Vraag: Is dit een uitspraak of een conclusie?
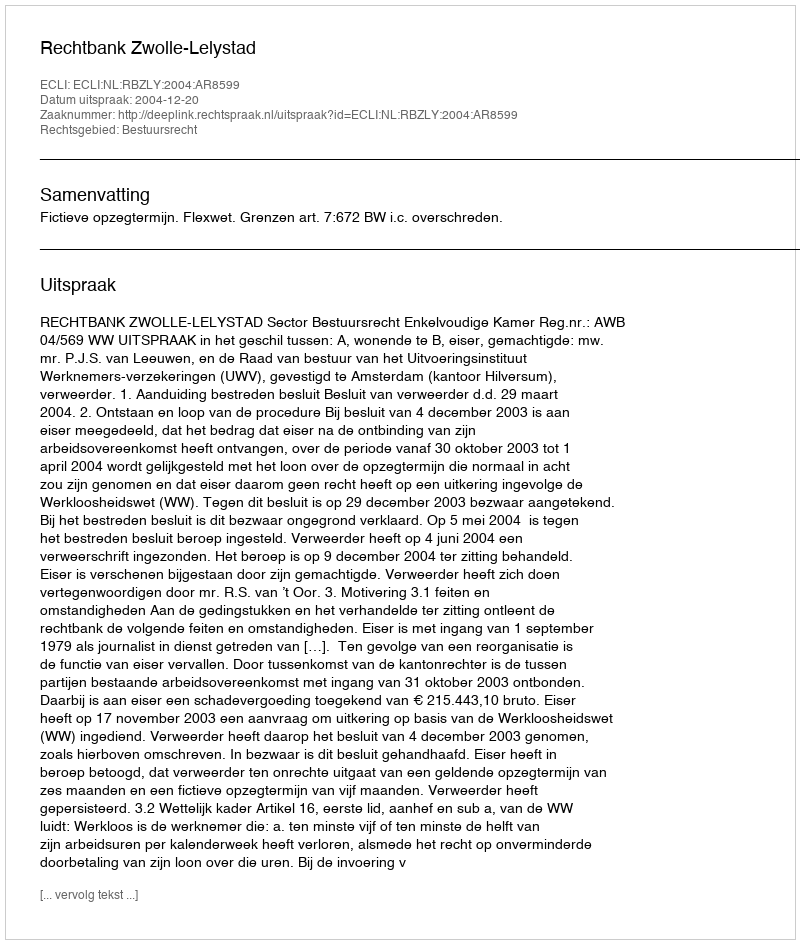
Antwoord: Uitspraak